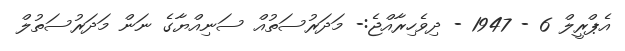
އެޕްރީލް 6 - 1947 - ދިވެހިރާއްޖެ:- މަދަރުސަތުއް ސަނިއްޔާގެ ނަން މަދަރުސަތުލް